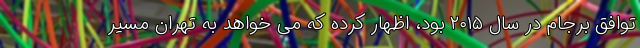
توافق برجام در سال ۲۰۱۵ بود، اظهار کرده که می خواهد به تهران مسیر